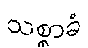
သစ္စာခံ